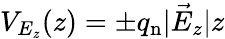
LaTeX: V_{E_{z}}(z)=\pm q_{\mathrm{n}}|\vec{E}_{z}|z